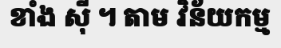
ខាំង ស៊ី ។ តាម វិន័យកម្ម